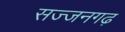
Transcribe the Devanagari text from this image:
सज्‍जनगढ़